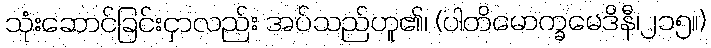
သုံးဆောင်ခြင်းငှာလည်း အပ်သည်ဟူ၏၊ (ပါတိမောက္ခမေဒိနီ၊၂၁၅။)